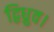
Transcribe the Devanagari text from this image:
द्विध्रुव।